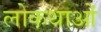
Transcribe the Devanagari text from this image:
लोकथाओं